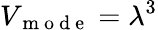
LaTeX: V_{\mathrm{~m~o~d~e~}}=\lambda^{3}